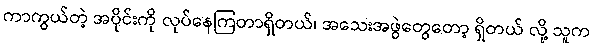
ကာကွယ်တဲ့ အပိုင်းကို လုပ်နေကြတာရှိတယ်၊ အသေးအဖွဲတွေတော့ ရှိတယ် လို့ သူက